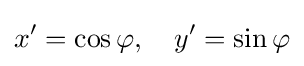
x'=\cos \varphi ,\quad y'=\sin \varphi